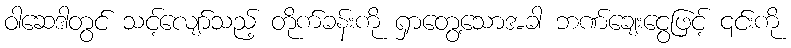
ဝါဆေဒါတွင် သင့်လျော်သည့် တိုက်ခန်းကို ရှာတွေ့သောအခါ ဘဏ်ချေးငွေဖြင့် ၎င်းကို